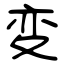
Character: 変